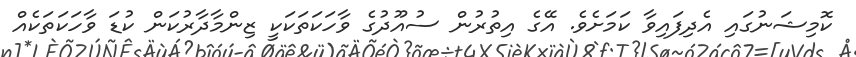
ކޮމިޝަނުގައި އެދިފައިވާ ކަމަށެވެ. އޭގެ އިތުރުން ސުއޫދުގެ ވާހަކަތަކަކީ ޒިންމާދާރުކަން ކުޑަ ވާހަކަތަކެއް